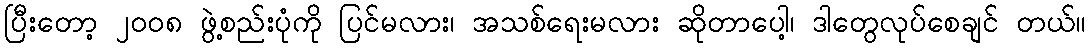
ပြီးတော့ ၂၀၀၈ ဖွဲ့စည်းပုံကို ပြင်မလား၊ အသစ်ရေးမလား ဆိုတာပေါ့၊ ဒါတွေလုပ်စေချင် တယ်။